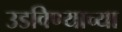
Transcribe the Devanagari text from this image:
उडविण्याच्या